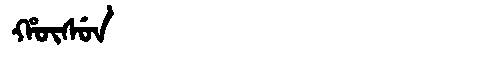
Manchu: ᡥᡡᠰᡠᠨ
Romanization: HŪSUN